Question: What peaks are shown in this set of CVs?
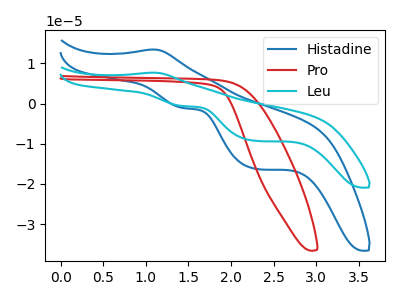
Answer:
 <answer>The blue curve "Histadine" has an anodic peak at (1.10V, 13.45uA) and cathodic peaks at (1.45V, -1.10uA) (2.30V, -16.20uA). The red curve "Pro" has no peaks. The cyan curve "Leu" has an anodic peak at (1.10V, 7.70uA) and cathodic peaks at (1.45V, -0.65uA) (2.30V, -9.25uA).</answer>
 <eval></eval>